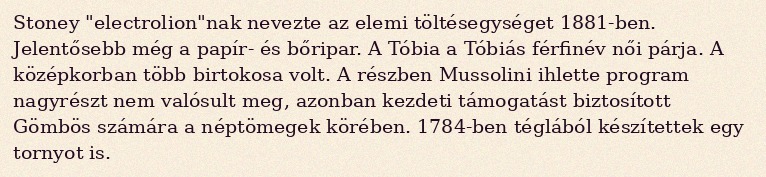
Stoney "electrolion"nak nevezte az elemi töltésegységet 1881-ben. Jelentősebb még a papír- és bőripar. A Tóbia a Tóbiás férfinév női párja. A középkorban több birtokosa volt. A részben Mussolini ihlette program nagyrészt nem valósult meg, azonban kezdeti támogatást biztosított Gömbös számára a néptömegek körében. 1784-ben téglából készítettek egy tornyot is.